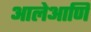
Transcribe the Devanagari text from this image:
आलेआणि